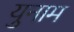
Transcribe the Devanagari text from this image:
युनाम